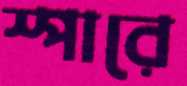
স্পারে